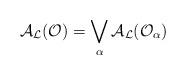
LaTeX: \begin{align*}{\cal A}_{\cal L}({\cal O})=\bigvee_\alpha {\cal A}_{\cal L}({\cal O}_\alpha)\end{align*}